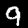
Label: 9